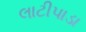
લાટીપાડા